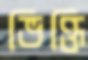
ভিক্তি